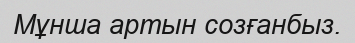
Мұнша артын созғанбыз.